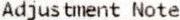
ADJUSTMENT NOTE